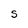
Character: S